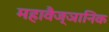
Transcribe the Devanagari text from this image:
महावैज्ञानिक